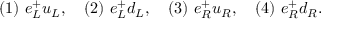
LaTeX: ( 1 ) ~ e _ { L } ^ { + } u _ { L } , ~ ~ ~ ( 2 ) ~ e _ { L } ^ { + } d _ { L } , ~ ~ ~ ( 3 ) ~ e _ { R } ^ { + } u _ { R } , ~ ~ ~ ( 4 ) ~ e _ { R } ^ { + } d _ { R } .